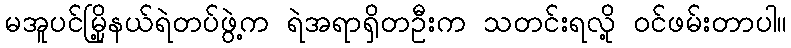
မအူပင်မြို့နယ်ရဲတပ်ဖွဲ့က ရဲအရာရှိတဦးက သတင်းရလို့ ဝင်ဖမ်းတာပါ။